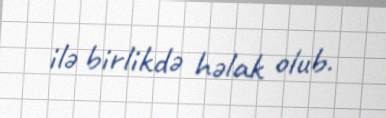
ilə birlikdə həlak olub.